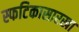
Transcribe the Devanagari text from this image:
स्फटिकासारखा